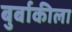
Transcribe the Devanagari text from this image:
बुर्बाकीला